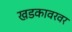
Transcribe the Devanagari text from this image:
खडकावरवर